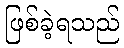
ဖြစ်ခဲ့ရသည်